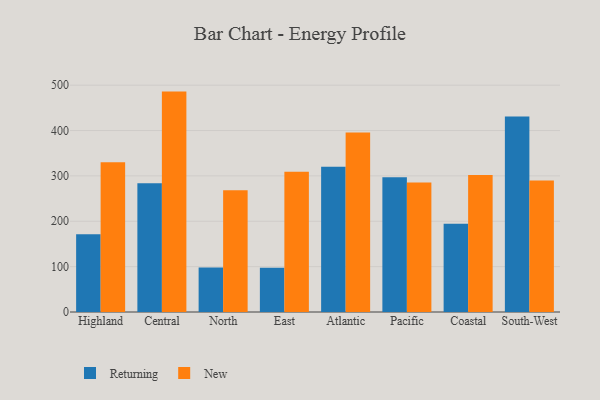
{"axis": {"x": "Region", "y": "Market Share (%)"}, "legend": ["New", "Returning"], "data": [{"x": "Highland", "y": 171.5, "type": "Returning"}, {"x": "Highland", "y": 329.9, "type": "New"}, {"x": "Central", "y": 283.9, "type": "Returning"}, {"x": "Central", "y": 485.8, "type": "New"}, {"x": "North", "y": 98.3, "type": "Returning"}, {"x": "North", "y": 268.1, "type": "New"}, {"x": "East", "y": 97.5, "type": "Returning"}, {"x": "East", "y": 309.2, "type": "New"}, {"x": "Atlantic", "y": 320.3, "type": "Returning"}, {"x": "Atlantic", "y": 395.8, "type": "New"}, {"x": "Pacific", "y": 297.2, "type": "Returning"}, {"x": "Pacific", "y": 285.4, "type": "New"}, {"x": "Coastal", "y": 194.4, "type": "Returning"}, {"x": "Coastal", "y": 301.8, "type": "New"}, {"x": "South-West", "y": 430.9, "type": "Returning"}, {"x": "South-West", "y": 290.0, "type": "New"}]}